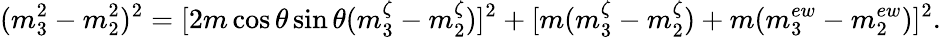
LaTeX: (m_{3}^{2}-m_{2}^{2})^{2}=[2m\cos\theta\sin\theta(m_{3}^{\zeta}-m_{2}^{\zeta})]^{2}+[m(m_{3}^{\zeta}-m_{2}^{\zeta})+m(m_{3}^{ew}-m_{2}^{ew})]^{2}.